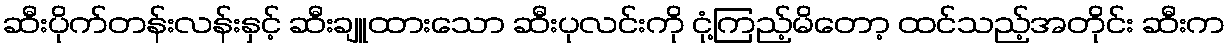
ဆီးပိုက်တန်းလန်းနှင့် ဆီးချူထားသော ဆီးပုလင်းကို ငုံ့ကြည့်မိတော့ ထင်သည့်အတိုင်း ဆီးက